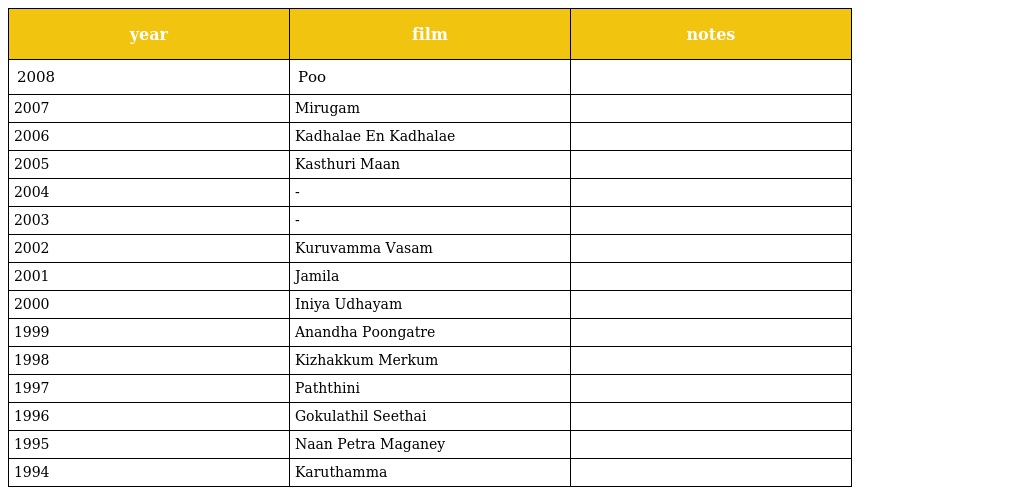
| year | film | notes |
 | --- | --- | --- |
 | 2008 | Poo |  |
 | 2007 | Mirugam |  |
 | 2006 | Kadhalae En Kadhalae |  |
 | 2005 | Kasthuri Maan |  |
 | 2004 | - |  |
 | 2003 | - |  |
 | 2002 | Kuruvamma Vasam |  |
 | 2001 | Jamila |  |
 | 2000 | Iniya Udhayam |  |
 | 1999 | Anandha Poongatre |  |
 | 1998 | Kizhakkum Merkum |  |
 | 1997 | Paththini |  |
 | 1996 | Gokulathil Seethai |  |
 | 1995 | Naan Petra Maganey |  |
 | 1994 | Karuthamma |  |